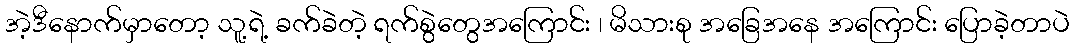
အဲ့ဒီနောက်မှာတော့ သူ့ရဲ့ ခက်ခဲတဲ့ ရက်စွဲတွေအကြောင်း ၊ မိသားစု အခြေအနေ အကြောင်း ပြောခဲ့တာပဲ